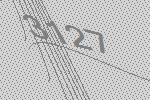
3127